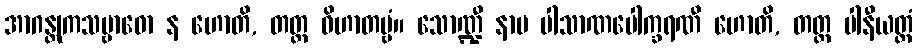
အာဂန္တုကသမ္ဗာဓော န ဟောတိ, တတ္ထ ဝိဟာတဗ္ဗံ။ သောဏ္ဍီ နာမ ပါသာဏပေါက္ခရဏီ ဟောတိ, တတ္ထ ပါနီယတ္ထံ